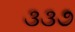
૩૩૭